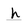
Character: h